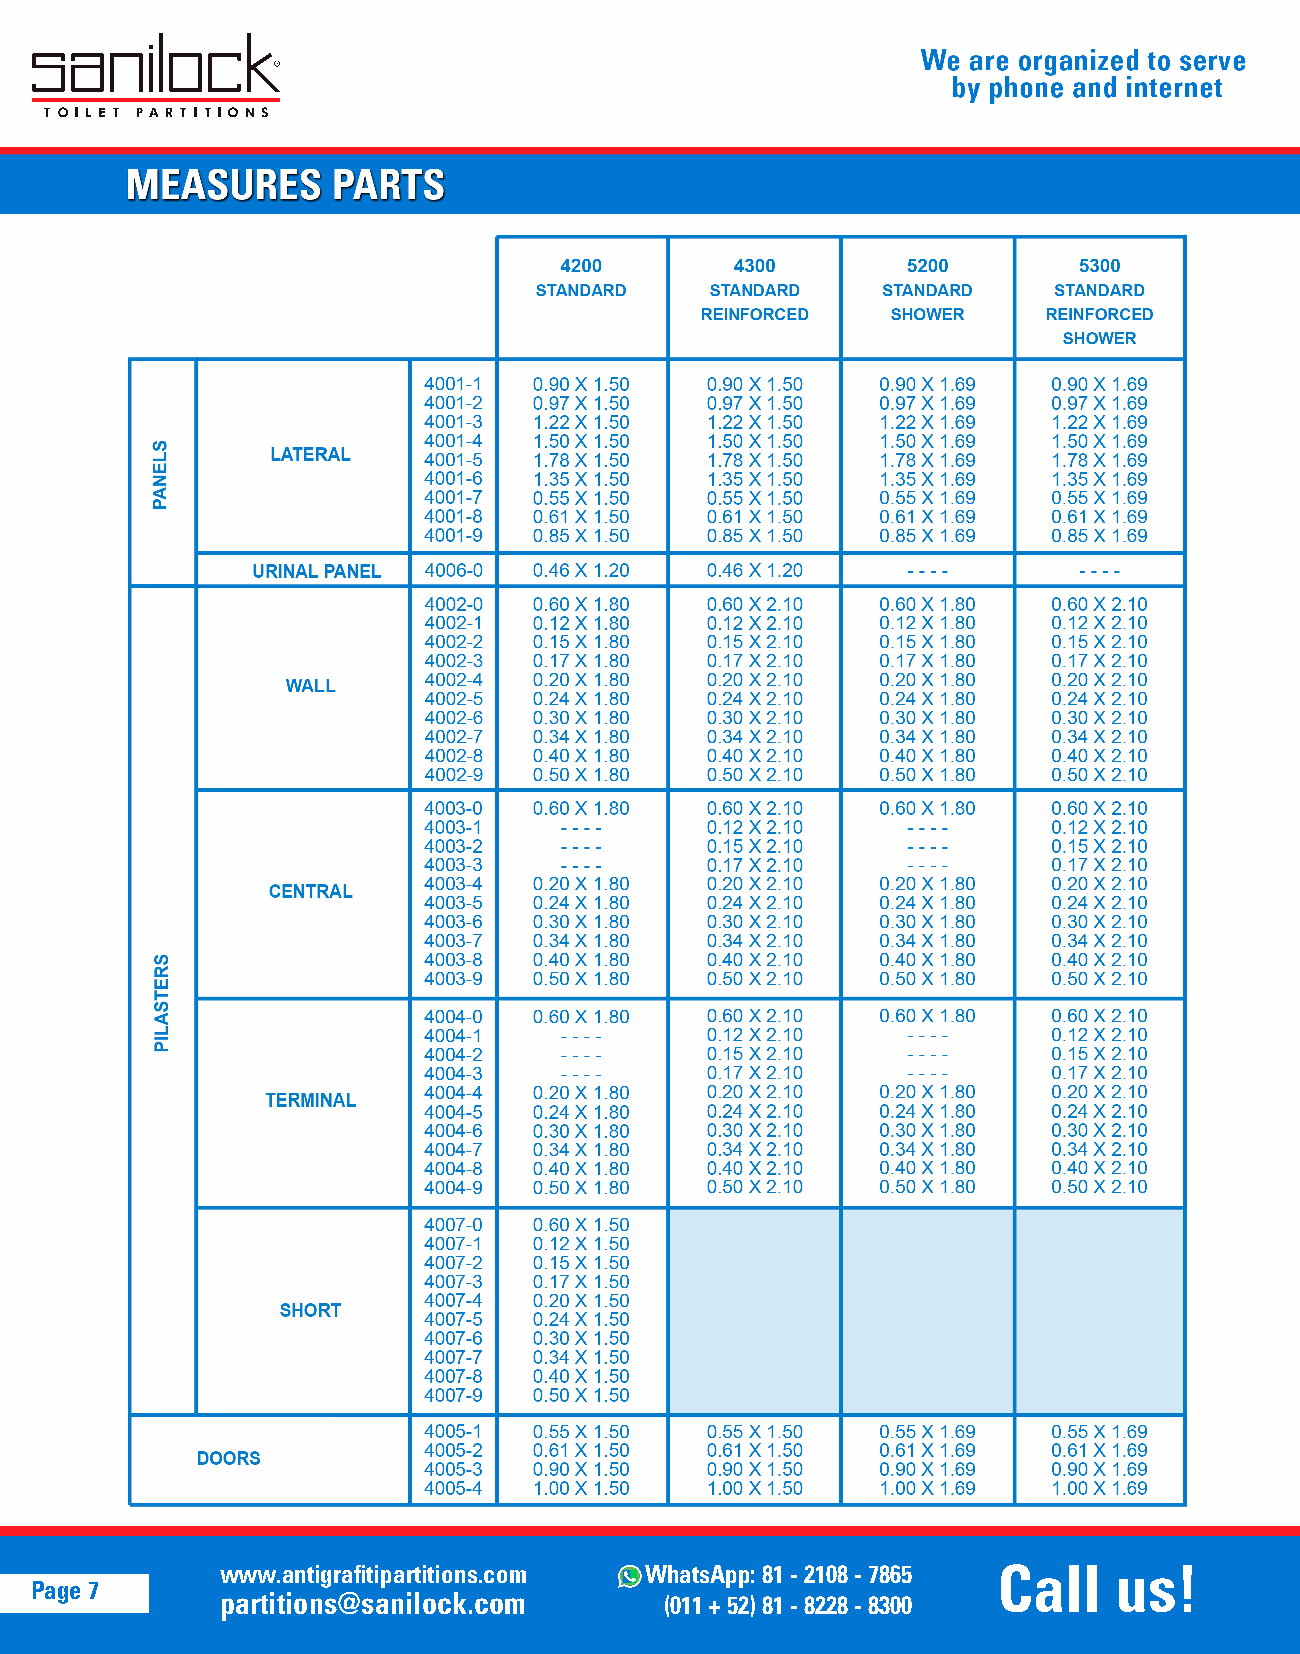
www.antigrafitipartitions.com WhatsApp: 81 - 2108 - 7865 Call us!
 Page 7
 partitions@sanilock.com      (011 + 52) 81 - 8228 - 8300